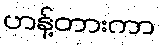
ဟန့်တားကာ